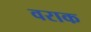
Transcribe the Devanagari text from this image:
वराक